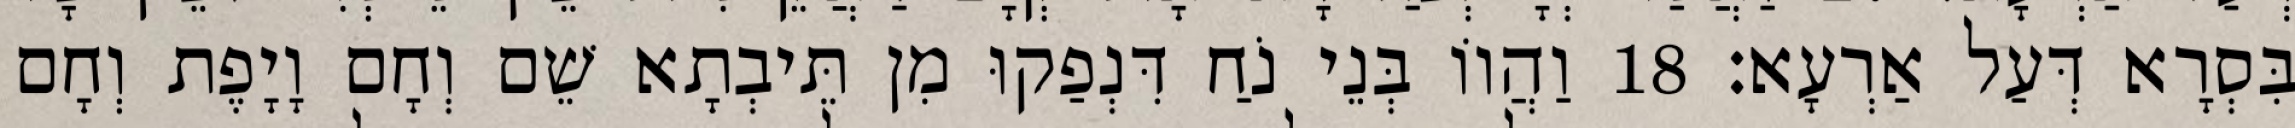
בִּסְרָא דְּעַל אַרְעָא׃ 18 וַהֲווֹ בְּנֵי נֹחַ דִּנְפַקוּ מִן תֵּיבְתָא שֵׁם וְחָם וָיָפֶת וְחָם